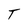
Character: T